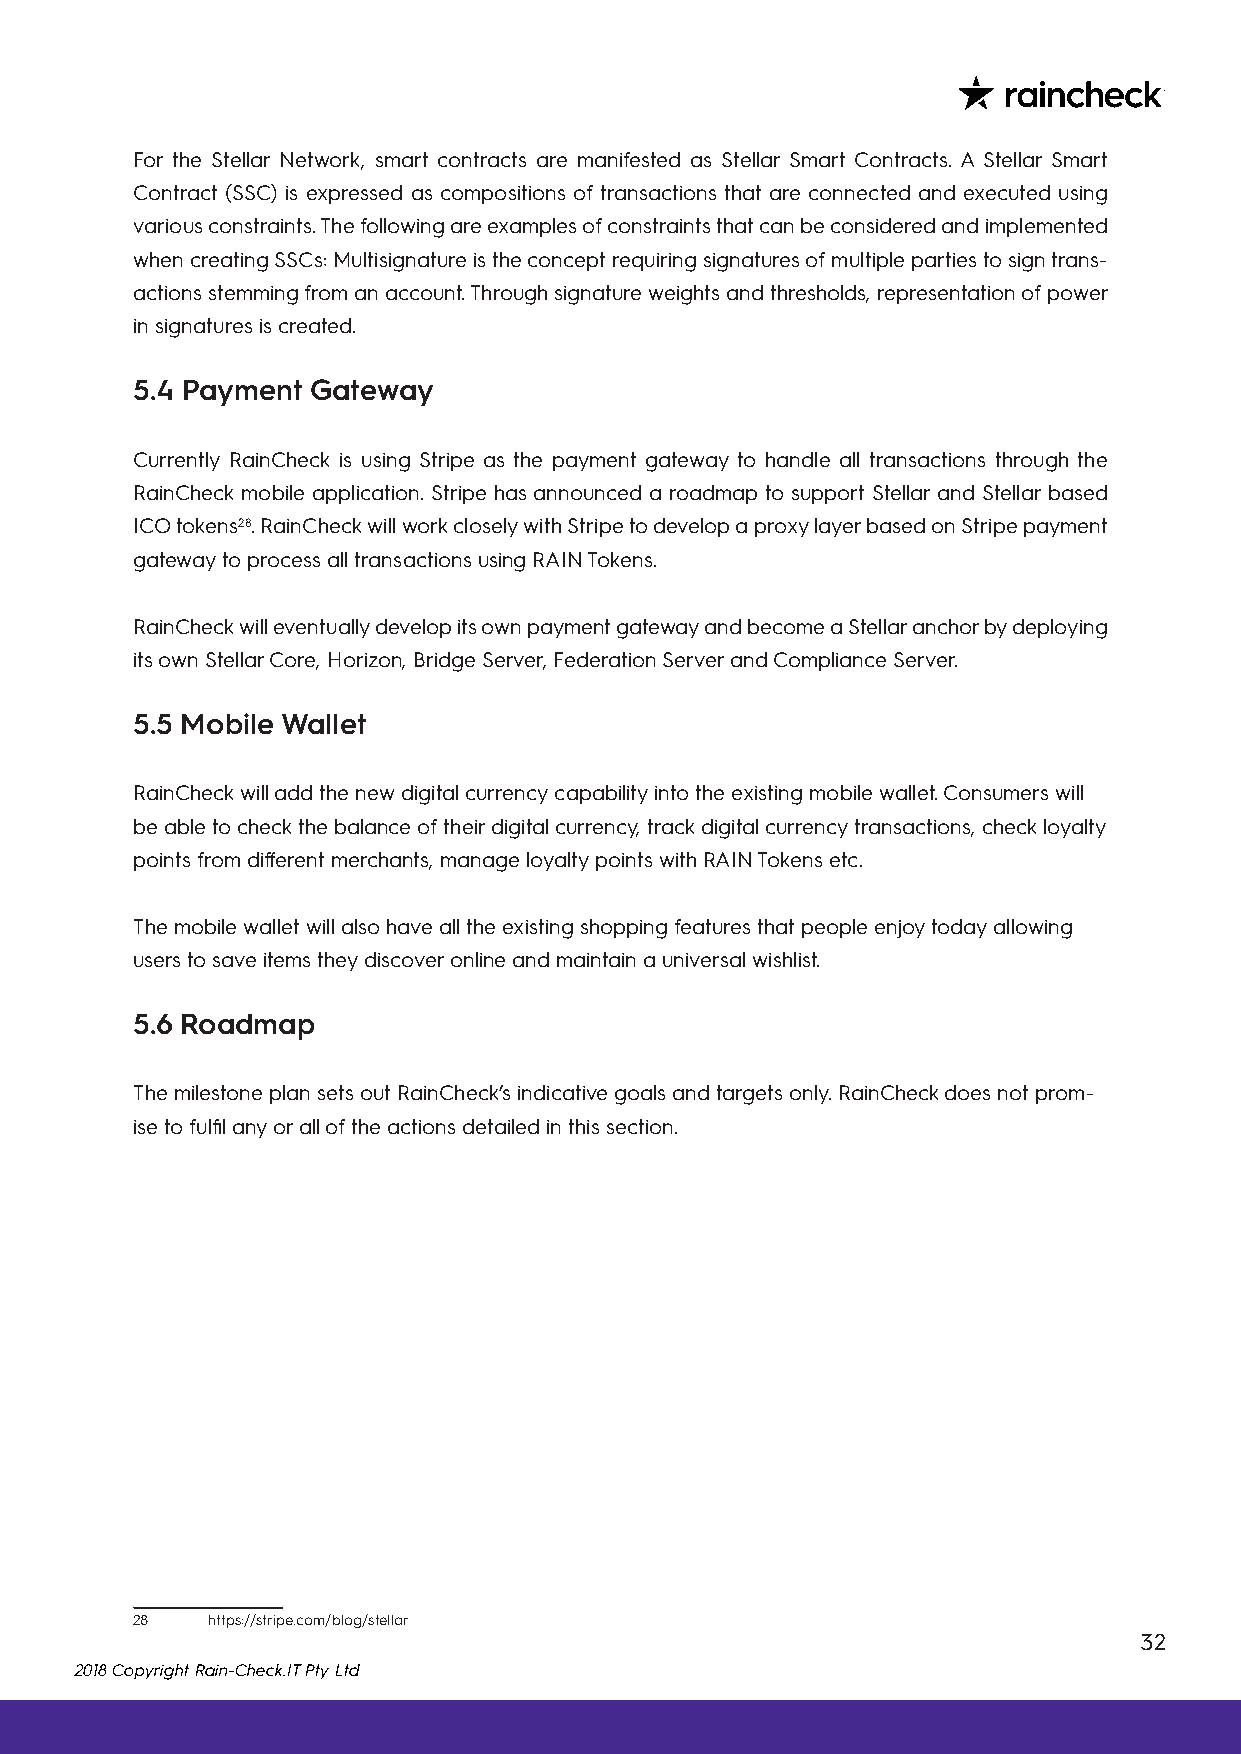
For the Stellar Network, smart contracts are manifested as Stellar Smart Contracts. A Stellar Smart
 Contract (SSC) is expressed as compositions of transactions that are connected and executed using
 various constraints. The following are examples of constraints that can be considered and implemented
 when creating SSCs: Multisignature is the concept requiring signatures of multiple parties to sign trans-
 actions stemming from an account. Through signature weights and thresholds, representation of power
 in signatures is created.
 5.4 Payment Gateway
 Currently RainCheck is using Stripe as the payment gateway to handle all transactions through the
 RainCheck mobile application. Stripe has announced a roadmap to support Stellar and Stellar based
 ICO tokens28. RainCheck will work closely with Stripe to develop a proxy layer based on Stripe payment
 gateway to process all transactions using RAIN Tokens.
 RainCheck will eventually develop its own payment gateway and become a Stellar anchor by deploying
 its own Stellar Core, Horizon, Bridge Server, Federation Server and Compliance Server.
 5.5 Mobile Wallet
 RainCheck will add the new digital currency capability into the existing mobile wallet. Consumers will
 be able to check the balance of their digital currency, track digital currency transactions, check loyalty
 points from different merchants, manage loyalty points with RAIN Tokens etc.
 The mobile wallet will also have all the existing shopping features that people enjoy today allowing
 users to save items they discover online and maintain a universal wishlist.
 5.6 Roadmap
 The milestone plan sets out RainCheck’s indicative goals and targets only. RainCheck does not prom-
 ise to fulfil any or all of the actions detailed in this section.
 28   https://stripe.com/blog/stellar
 32
 2018 Copyright Rain-Check.IT Pty Ltd